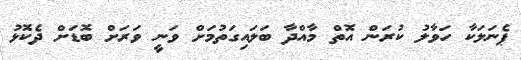
ޕެނަލަކާ ހަވާލު ކުރަން އޮތް މާއްދާ ބަލައިގަތުމަށް ވަނީ ވަރަށް ބޮޑަށް ދެކޮޅު